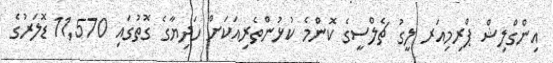
އިންގްލިޝް ޕްރިމިއަރ ލީގު ޗެލްސީގެ ކޮންމެ ކުޅުންތެރިއަކަށް ހަދިޔާގެ ގޮތުގައި 11